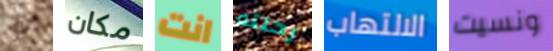
ان مكان انت رحلته الالتهاب ونسيت